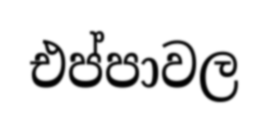
එප්පාවල